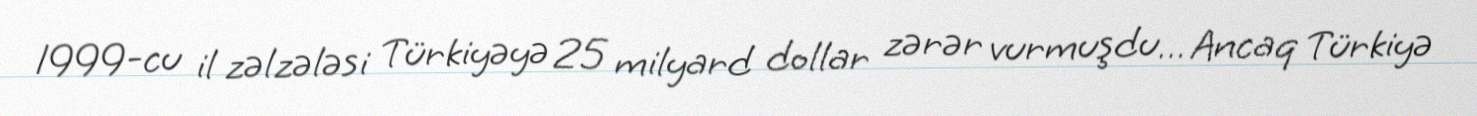
1999-cu il zəlzələsi Türkiyəyə 25 milyard dollar zərər vurmuşdu… Ancaq Türkiyə